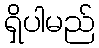
ရှိပါမည်